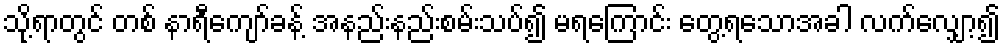
သို့ရာတွင် တစ် နာရီကျော်ခန့် အနည်းနည်းစမ်းသပ်၍ မရကြောင်း တွေ့ရသောအခါ လက်လျှော့၍